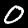
Digit: 0